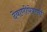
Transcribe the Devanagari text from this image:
देवाणीघेवाणी